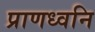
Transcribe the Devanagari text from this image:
प्राणध्वनि